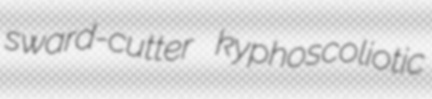
sward-cutter kyphoscoliotic